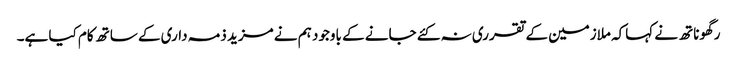
رگھوناتھ نے کہاکہ ملازمین کے تقرری نہ کئے جانے کے باوجود ہم نے مزید ذمہ داری کے ساتھ کام کیا ہے۔